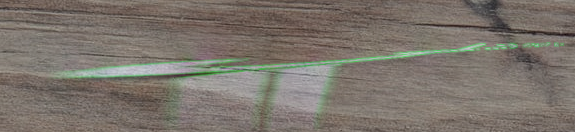
مخرج الداخلي